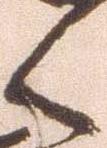
く